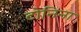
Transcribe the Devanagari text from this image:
टोनिना